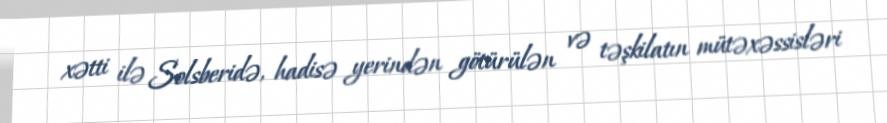
xətti ilə Solsberidə, hadisə yerindən götürülən və təşkilatın mütəxəssisləri